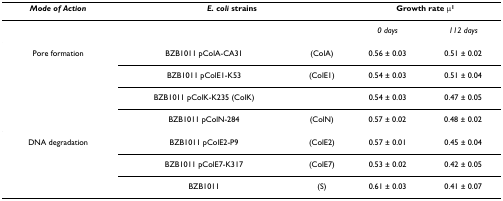
<table><thead><tr><td><b><i>Mode of Action</i></b></td><td colspan="2"><b><i>E. coli </i>strains</b></td><td colspan="2"><b>Growth rate μ<sup>1</sup></b></td></tr></thead><tbody><tr><td></td><td></td><td></td><td><i>0 days</i></td><td><i>112 days</i></td></tr><tr><td>Pore formation</td><td>BZB1011 pColA-CA31</td><td>(ColA)</td><td>0.56 ± 0.03</td><td>0.51 ± 0.02</td></tr><tr><td></td><td>BZB1011 pColE1-K53</td><td>(ColE1)</td><td>0.54 ± 0.03</td><td>0.51 ± 0.04</td></tr><tr><td></td><td>BZB1011 pColK-K235 (ColK)</td><td></td><td>0.54 ± 0.03</td><td>0.47 ± 0.05</td></tr><tr><td></td><td>BZB1011 pColN-284</td><td>(ColN)</td><td>0.57 ± 0.02</td><td>0.48 ± 0.02</td></tr><tr><td>DNA degradation</td><td>BZB1011 pColE2-P9</td><td>(ColE2)</td><td>0.57 ± 0.01</td><td>0.45 ± 0.04</td></tr><tr><td></td><td>BZB1011 pColE7-K317</td><td>(ColE7)</td><td>0.53 ± 0.02</td><td>0.42 ± 0.05</td></tr><tr><td></td><td>BZB1011</td><td>(S)</td><td>0.61 ± 0.03</td><td>0.41 ± 0.07</td></tr></tbody></table>